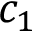
c _ { 1 }